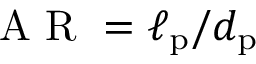
\textrm { A R } = \ell _ { \mathrm { p } } / d _ { \mathrm { p } }